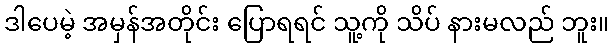
ဒါပေမဲ့ အမှန်အတိုင်း ပြောရရင် သူ့ကို သိပ် နားမလည် ဘူး။